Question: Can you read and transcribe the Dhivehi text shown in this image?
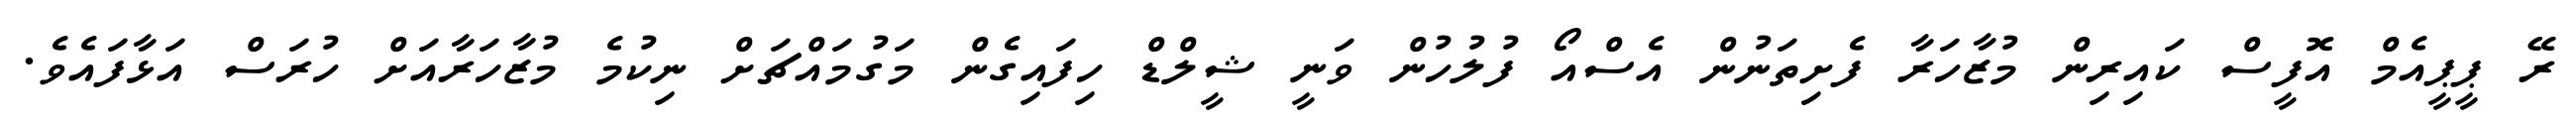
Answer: ރޭ ޕީޕީއެމް އޮފީސް ކައިރިން މުޒާހަރާ ފެށިތަނުން އެސްއޯ ފުލުހުން ވަނީ ޝީލްޑް ހިފައިގެން މަގުމައްޗަށް ނިކުމެ މުޒާހަރާއަށް ހުރަސް އަޅާފައެވެ.